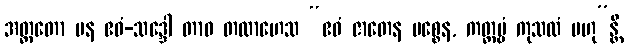
အတ္ထတော ပန ဧဝံ-သဒ္ဒေါ တာဝ တထာဟေသ “ဧဝံ ဇာတေန မစ္စေန, ကတ္တဗ္ဗံ ကုသလံ ဗဟု”န္တိ